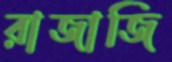
রাজাজি